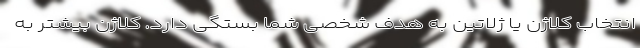
انتخاب کلاژن یا ژلاتین به هدف شخصی شما بستگی دارد. کلاژن بیشتر به